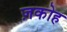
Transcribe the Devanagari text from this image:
ज़कोह